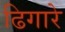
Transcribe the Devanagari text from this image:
ढिगारे